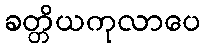
ခတ္တိယကုလာပေ